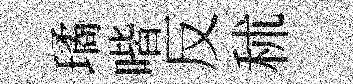
璚喈反秫